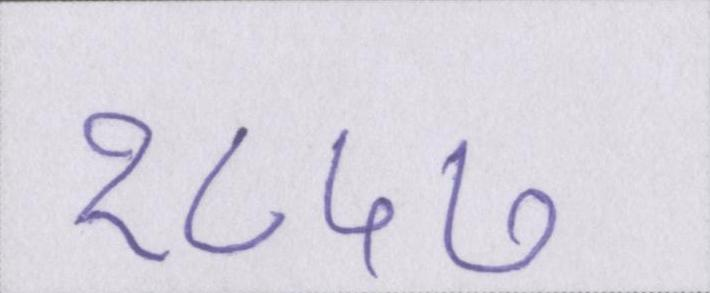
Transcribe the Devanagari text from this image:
१८५७